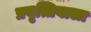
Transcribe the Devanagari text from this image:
प्रवृत्तिवाला